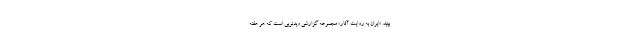
‌بینید. «ایران به روایت آثار» مجموعه‌ گزارشی ویدئویی است که هر هفته